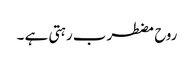
روح مضطرب رہتی ہے ۔